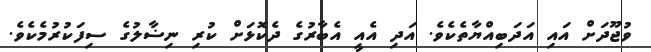
ވުޖޫދަށް އައި އަދަބިއްޔާތެކެވެ. އަދި އެއީ އެބާރުގެ ދެކޮޅަށް ކުރި ނިޟާލުގެ ސިފަކުރުމެކެވެ.